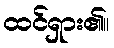
ထင်ရှား၏။